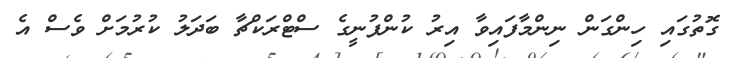
ގޮތުގައި ހިންގަން ނިންމާފައިވާ އިރު ކުންފުނީގެ ސްޓްރަކްޗާ ބަދަލު ކުރުމަށް ވެސް އެ